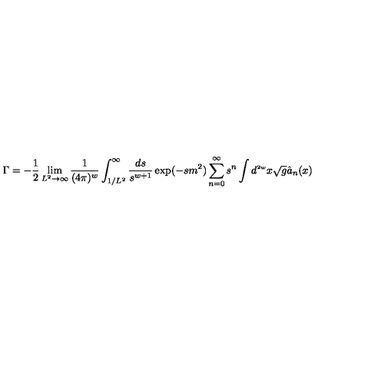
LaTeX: \Gamma = - \frac { 1 } { 2 } \lim _ { L ^ { 2 } \rightarrow \infty } \frac { 1 } { ( 4 \pi ) ^ { w } } \int _ { 1 / L ^ { 2 } } ^ { \infty } \frac { d s } { s ^ { w + 1 } } \exp ( - s m ^ { 2 } ) \sum _ { n = 0 } ^ { \infty } s ^ { n } \int d ^ { \scriptscriptstyle { 2 w } } x \sqrt { g } \hat { a } _ { n } ( x )